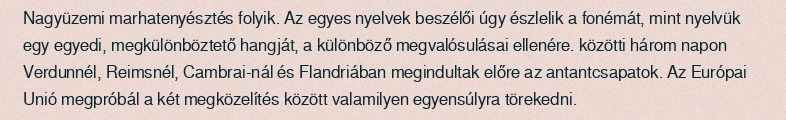
Nagyüzemi marhatenyésztés folyik. Az egyes nyelvek beszélői úgy észlelik a fonémát, mint nyelvük egy egyedi, megkülönböztető hangját, a különböző megvalósulásai ellenére. közötti három napon Verdunnél, Reimsnél, Cambrai-nál és Flandriában megindultak előre az antantcsapatok. Az Európai Unió megpróbál a két megközelítés között valamilyen egyensúlyra törekedni.